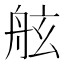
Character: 舷